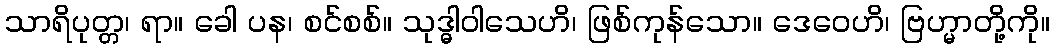
သာရိပုတ္တ၊ ရာ။ ခေါ ပန၊ စင်စစ်။ သုဒ္ဓါဝါသေဟိ၊ ဖြစ်ကုန်သော။ ဒေဝေဟိ၊ ဗြဟ္မာတို့ကို။